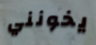
يخونني